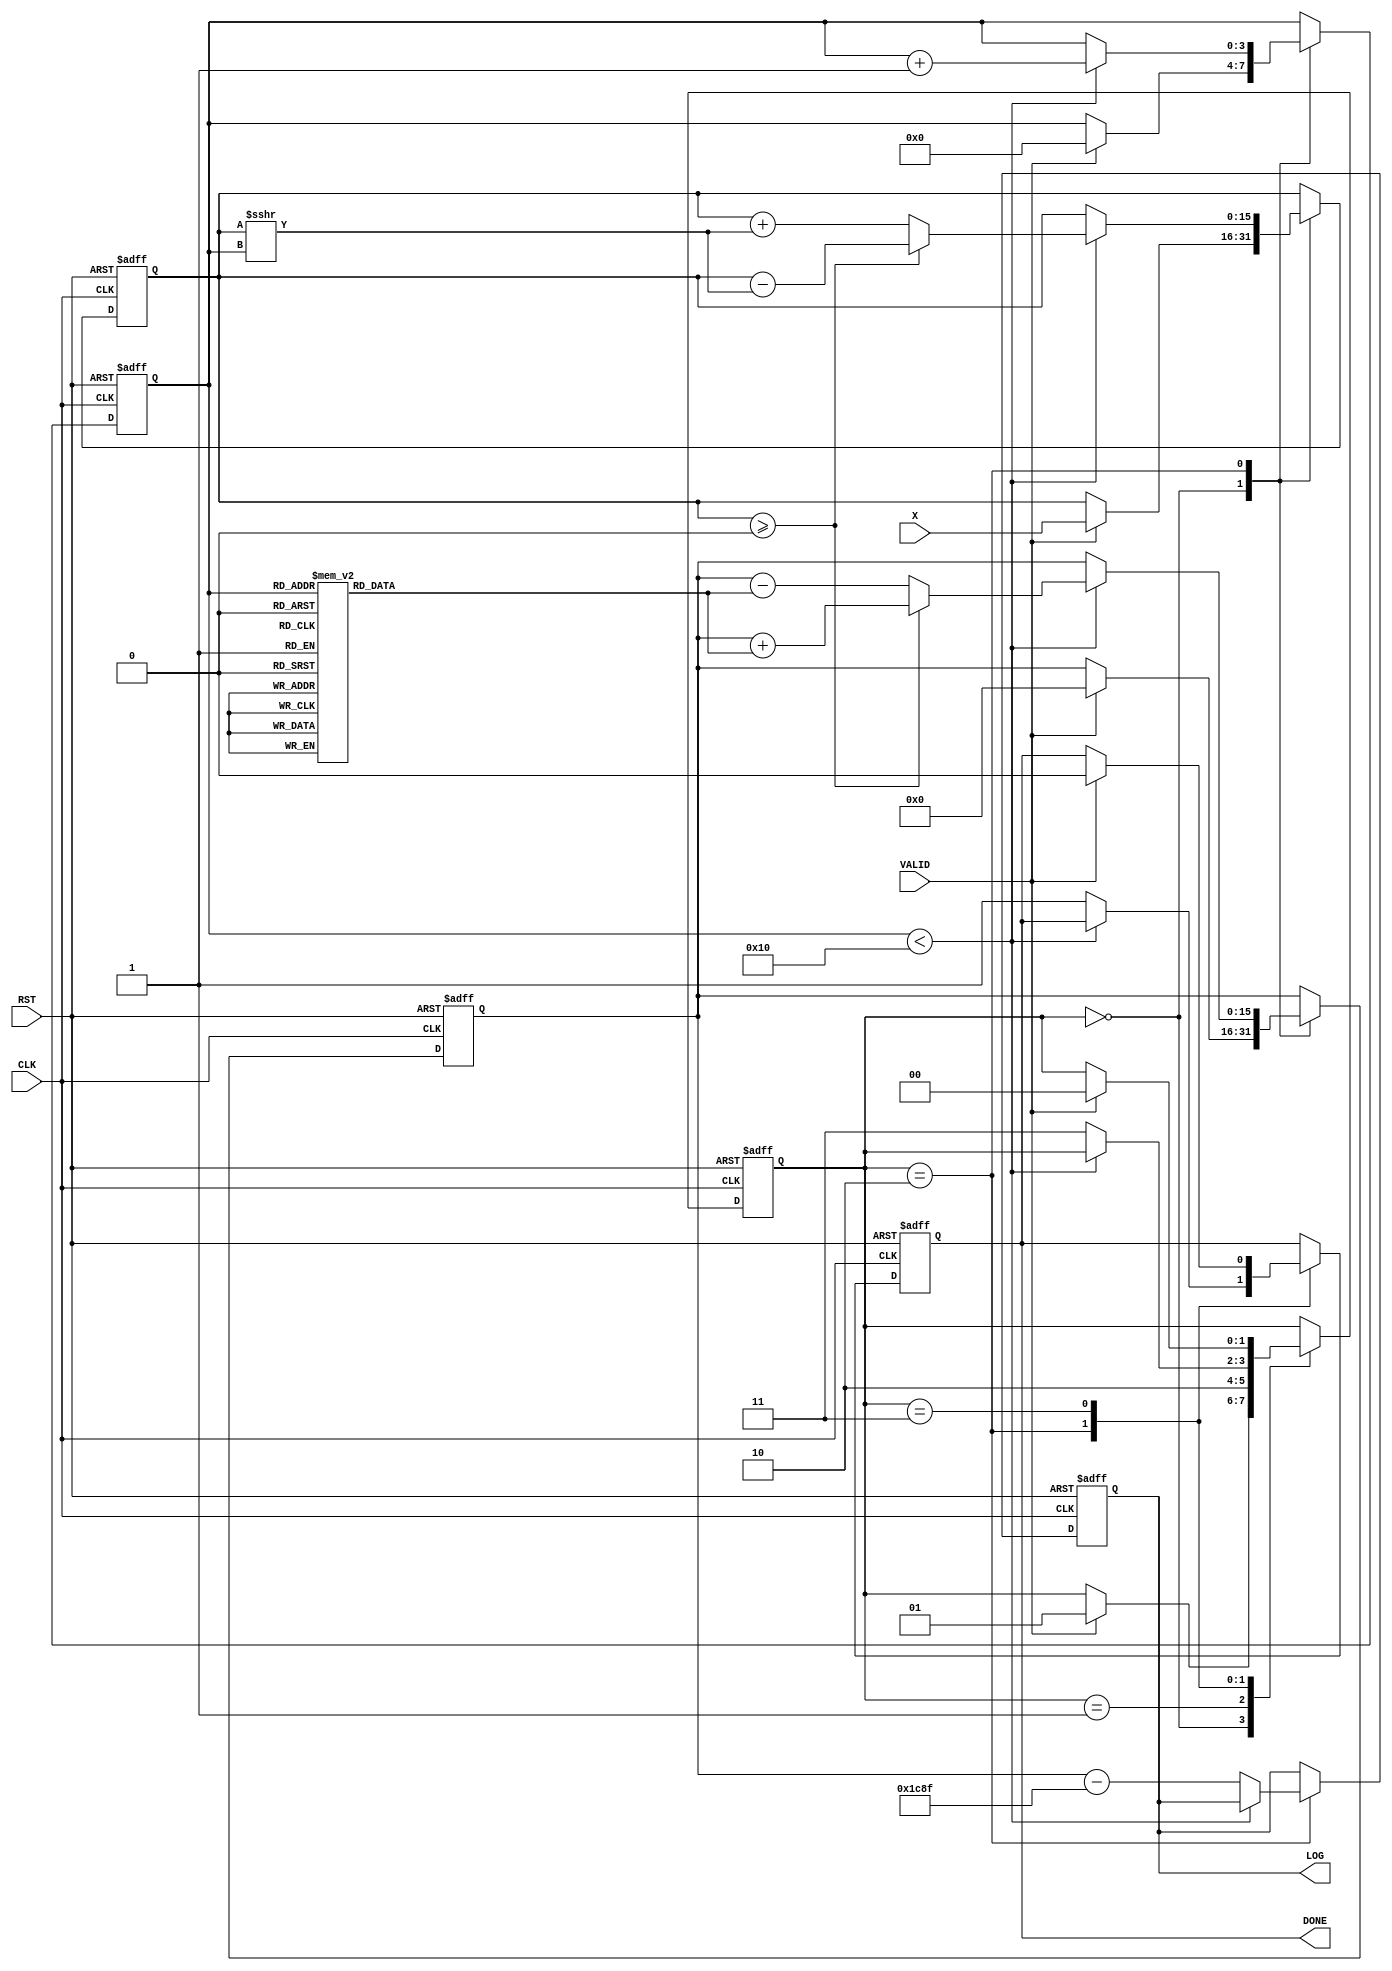
module cordic_logarithm (
    input wire [15:0] X,    // Input value for logarithm
    input wire CLK,         // Clock signal
    input wire RST,         // Reset signal
    input wire VALID,       // Valid input signal
    output reg [15:0] LOG,  // Output logarithmic value
    output reg DONE         // Completion signal
);

    // Parameters
    parameter NUM_ITERATIONS = 16; // Number of iterations
    parameter FIXED_POINT_SCALE = 16'h1C8F; // Scaling factor for normalization

    // Internal signals
    reg [15:0] X_reg;          // Register for input value
    reg [15:0] Z_reg;          // Register for angle/phase information
    reg [3:0] iteration;       // Iteration counter
    reg [1:0] state;           // State machine for controlling operations

    // State machine states
    localparam IDLE = 2'b00;
    localparam INIT = 2'b01;
    localparam ITERATE = 2'b10;
    localparam DONE_STATE = 2'b11;

    // Angle lookup table for CORDIC (arctangent values)
    reg [15:0] atan_lut [0:NUM_ITERATIONS-1];
    initial begin
        // Initialize the arctangent values
        atan_lut[0] = 16'h2000; // atan(1) = /4 in fixed-point
        atan_lut[1] = 16'h1000; // atan(0.5) = /6 in fixed-point
        atan_lut[2] = 16'h0800; // atan(0.25) = /12 in fixed-point
        // ... (fill in remaining values)
        atan_lut[3] = 16'h0400;
        atan_lut[4] = 16'h0200;
        atan_lut[5] = 16'h0100;
        atan_lut[6] = 16'h0080;
        atan_lut[7] = 16'h0040;
        atan_lut[8] = 16'h0020;
        atan_lut[9] = 16'h0010;
        atan_lut[10] = 16'h0008;
        atan_lut[11] = 16'h0004;
        atan_lut[12] = 16'h0002;
        atan_lut[13] = 16'h0001;
        atan_lut[14] = 16'h0001;
        atan_lut[15] = 16'h0000; // Last value
    end

    // State machine and CORDIC logic
    always @(posedge CLK or posedge RST) begin
        if (RST) begin
            LOG <= 16'b0;
            X_reg <= 16'b0;
            Z_reg <= 16'b0;
            iteration <= 4'b0;
            state <= IDLE;
            DONE <= 1'b0;
        end else begin
            case (state)
                IDLE: begin
                    if (VALID) begin
                        X_reg <= X;
                        Z_reg <= 16'b0; // Initial phase
                        iteration <= 4'b0;
                        state <= INIT;
                    end
                end
                INIT: begin
                    // Start iterations
                    state <= ITERATE;
                end
                ITERATE: begin
                    if (iteration < NUM_ITERATIONS) begin
                        // CORDIC rotation logic
                        if (X_reg >= 16'b0) begin
                            Z_reg <= Z_reg + atan_lut[iteration]; // Update phase
                            X_reg <= X_reg - (X_reg >>> iteration); // Update X
                        end else begin
                            Z_reg <= Z_reg - atan_lut[iteration]; // Update phase
                            X_reg <= X_reg + (X_reg >>> iteration); // Update X
                        end
                        iteration <= iteration + 1;
                    end else begin
                        // Completion of iterations
                        LOG <= Z_reg - FIXED_POINT_SCALE; // Normalize the result
                        DONE <= 1'b1;
                        state <= DONE_STATE;
                    end
                end
                DONE_STATE: begin
                    // Wait for reset or new valid input
                    if (VALID) begin
                        state <= IDLE;
                        DONE <= 1'b0; // Reset done signal
                    end
                end
            endcase
        end
    end
endmodule